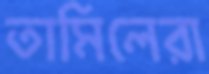
তামিলেরা